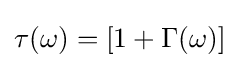
\tau (\omega )=\left[1+\Gamma (\omega )\right]